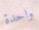
واحدة